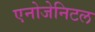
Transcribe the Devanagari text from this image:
एनोजेनिटल